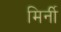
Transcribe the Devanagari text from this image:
मिर्नी